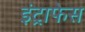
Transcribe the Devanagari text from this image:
इंट्राफेस